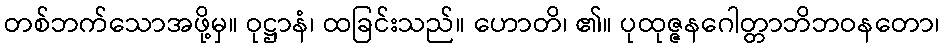
တစ်ဘက်သောအဖို့မှ။ ဝုဋ္ဌာနံ၊ ထခြင်းသည်။ ဟောတိ၊ ၏။ ပုထုဇ္ဇနဂေါတ္တာဘိဘဝနတော၊